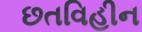
છતવિહીન